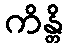
ကိန္တိ